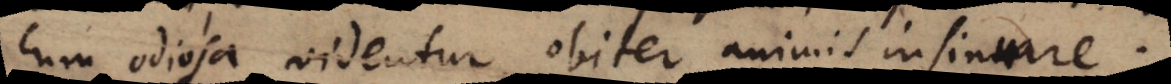
cum odiosa videntur, obiter animis insinuare.